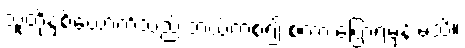
သူတို့နှစ်ယောက်သည် ဘယ်ကစ၍ စကားပြောရမှန်းမသိ။